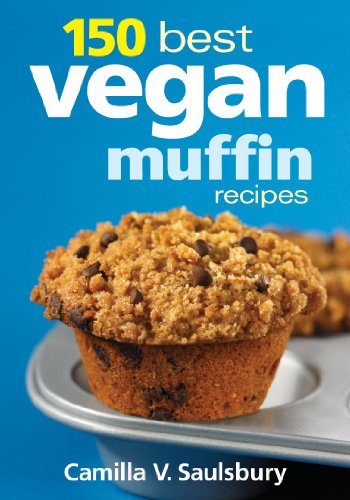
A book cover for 150 Best Vegan Muffin Recipes; Camilla Saulsbury; Cookbooks, Food & Wine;